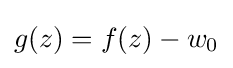
g(z)=f(z)-w_{0}